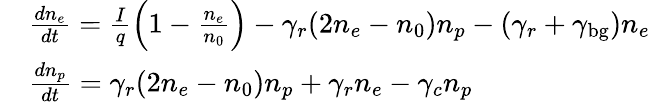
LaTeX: \begin{array}{rl}&{\frac{dn_{e}}{dt}=\frac{I}{q}\left(1-\frac{n_{e}}{n_{0}}\right)-\gamma_{r}(2n_{e}-n_{0})n_{p}-(\gamma_{r}+\gamma_{\mathrm{bg}})n_{e}}\\ &{\frac{dn_{p}}{dt}=\gamma_{r}(2n_{e}-n_{0})n_{p}+\gamma_{r}n_{e}-\gamma_{c}n_{p}}\end{array}